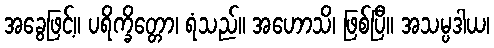
အခွေဖြင့်။ ပရိက္ခိတ္တော၊ ရံသည်။ အဟောသိ၊ ဖြစ်ပြီ။ အသမ္ပဒါယ၊